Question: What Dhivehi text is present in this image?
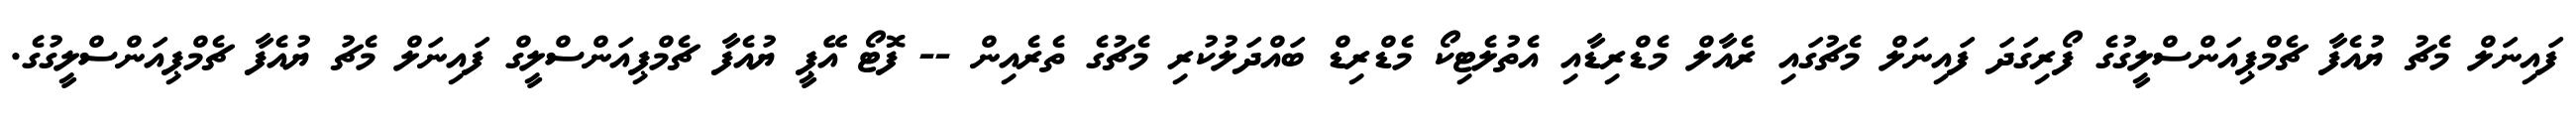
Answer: ފައިނަލް މެޗު ޔުއެފާ ޗެމްޕިއަންސްލީގުގެ ފޯރިގަދަ ފައިނަލް މެޗުގައި ރެއާލް މެޑްރިޑާއި އެތުލެޓިކޯ މެޑްރިޑް ބައްދަލުކުރި މެޗުގެ ތެރެއިން -- ފޮޓޯ އޭޕީ ޔުއެފާ ޗެމްޕިއަންސްލީގް ފައިނަލް މެޗު ޔުއެފާ ޗެމްޕިއަންސްލީގުގެ.